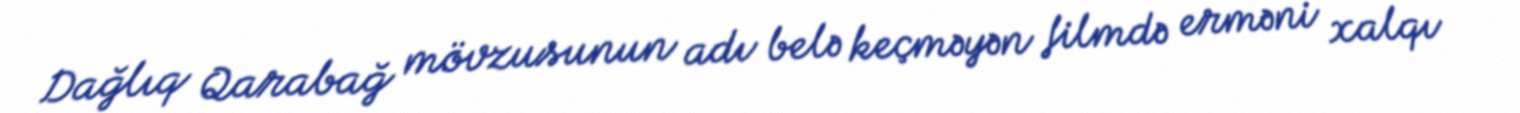
Dağlıq Qarabağ mövzusunun adı belə keçməyən filmdə erməni xalqı